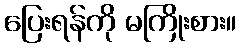
ပြေးရန်ကို မကြိုးစား။